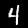
Label: 4